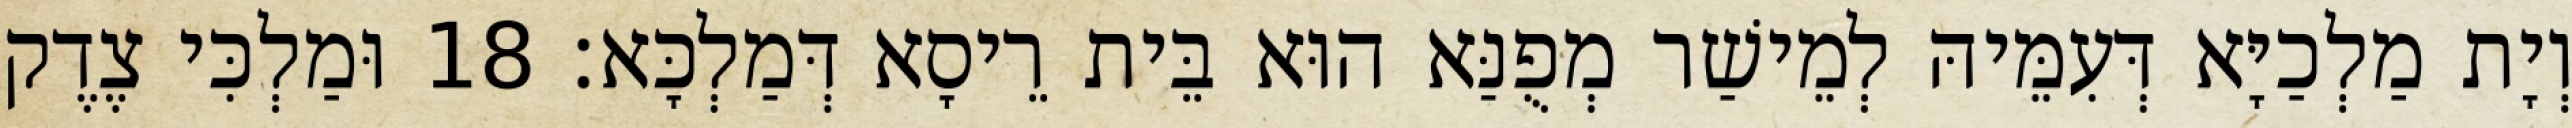
וְיָת מַלְכַיָּא דְּעִמֵּיהּ לְמֵישַׁר מְפֻנַּא הוּא בֵּית רֵיסָא דְּמַלְכָּא׃ 18 וּמַלְכִּי צֶדֶק